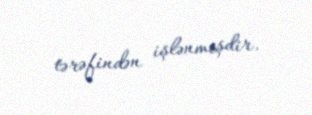
tərəfindən işlənmişdir.